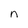
Character: n